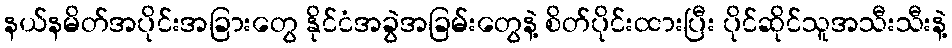
နယ်နမိတ်အပိုင်းအခြားတွေ နိုင်ငံအခွဲအခြမ်းတွေနဲ့ စိတ်ပိုင်းထားပြီး ပိုင်ဆိုင်သူအသီးသီးနဲ့